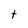
Character: t